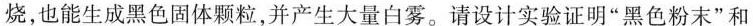
烧，也能生成黑色固体颗粒，并产生大量白雾。请设计实验证明”黑色粉末”和